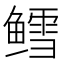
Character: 鳕